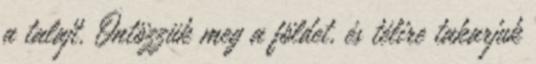
a talajt. Öntözzük meg a földet, és télire takarjuk